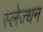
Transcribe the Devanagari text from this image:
स्लेज्धन